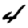
Digit: 4